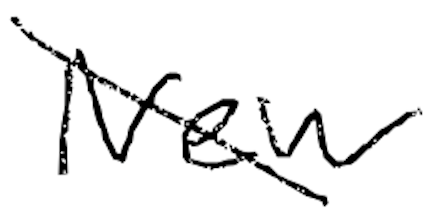
Text: New
Cross-out: diagonal
Writing tool: digital_black